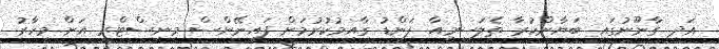
އަދި ގާނޫނުގައި ބަޔާންކުރާ ތެލަސީމިއާ ފަންޑު ގާއިމުކުރުމަށް ފައިނޭންސް މިނިސްޓްރީ އަށް މިހާރު